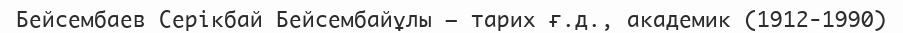
Бейсембаев Серікбай Бейсембайұлы – тарих ғ.д., академик (1912-1990)